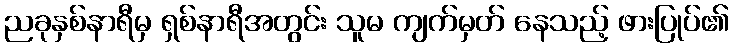
ညခုနှစ်နာရီမှ ရှစ်နာရီအတွင်း သူမ ကျက်မှတ် နေသည့် ဖားပြုပ်၏